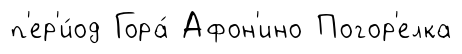
п'ер'и́од Гора́ Афон'ино Погор'елка